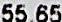
55.65